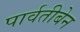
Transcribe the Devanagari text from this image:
पार्वतीबेन